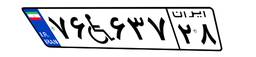
۷۶W۶۳۷۲۸